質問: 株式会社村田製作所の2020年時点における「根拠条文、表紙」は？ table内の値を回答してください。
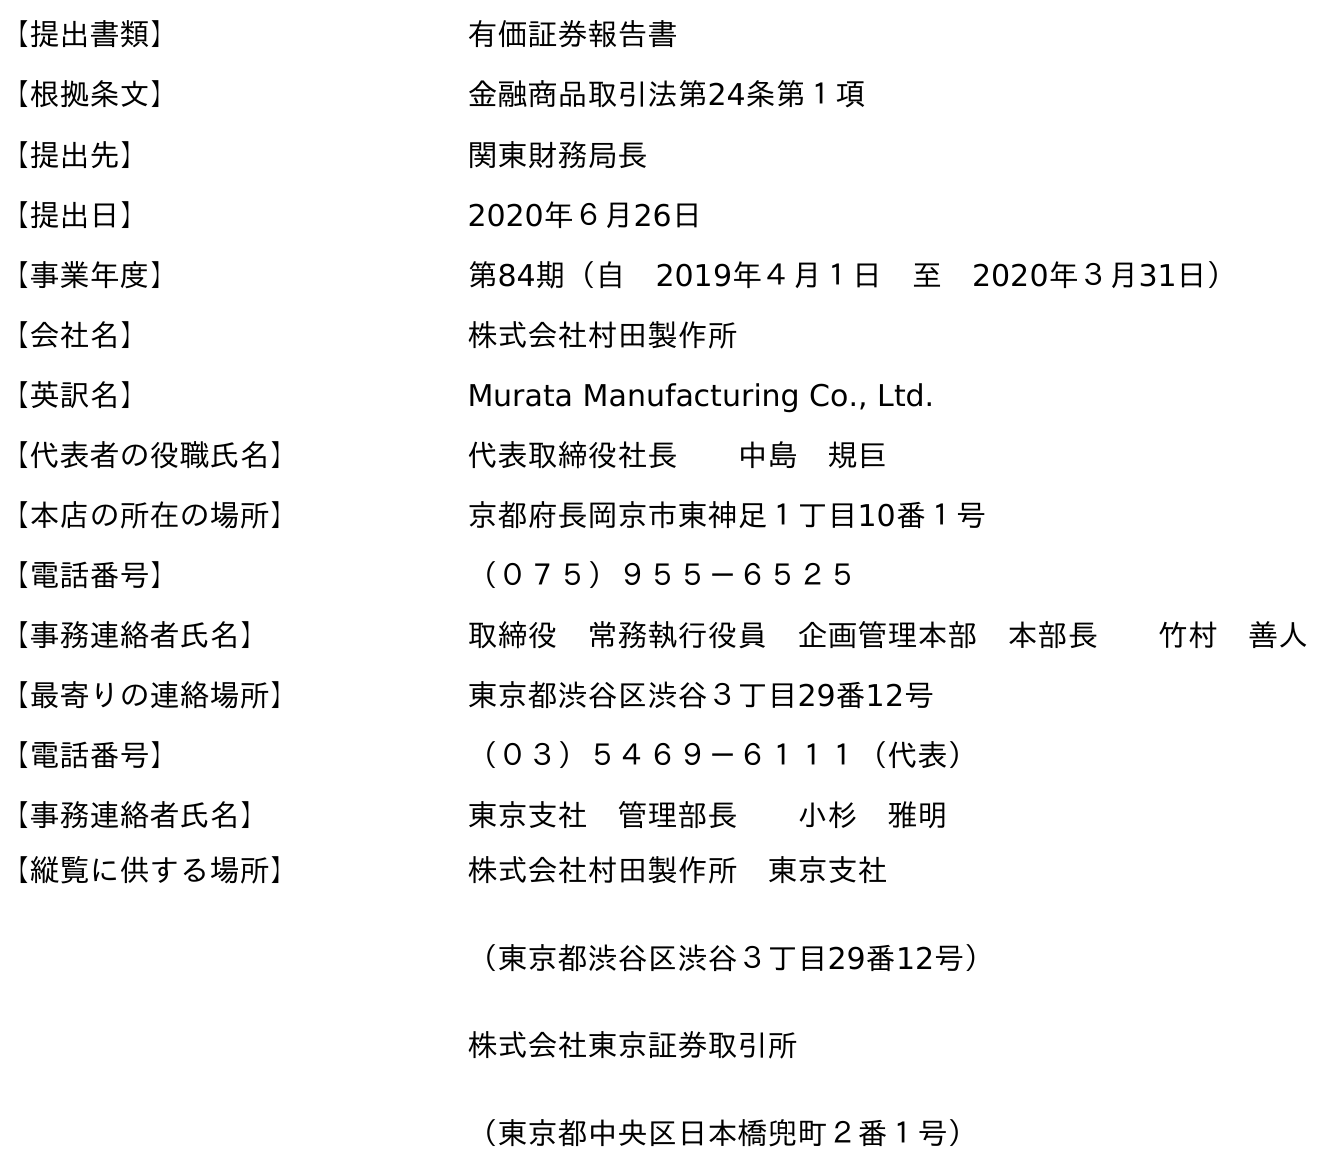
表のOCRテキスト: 【提出書類】 有価証券報告書 【根拠条文】 金融商品取引法第24条第１項 【提出先】 関東財務局長 【提出日】 2020年６月26日 【事業年度】 第84期（自 2019年４月１日 至 2020年３月31日） 【会社名】 株式会社村田製作所 【英訳名】 Murata Manufacturing Co., Ltd. 【代表者の役職氏名】 代表取締役社長  中島 規巨 【本店の所在の場所】 京都府長岡京市東神足１丁目10番１号 【電話番号】 （０７５）９５５－６５２５ 【事務連絡者氏名】 取締役 常務執行役員 企画管理本部 本部長  竹村 善人 【最寄りの連絡場所】 東京都渋谷区渋谷３丁目29番12号 【電話番号】 （０３）５４６９－６１１１（代表） 【事務連絡者氏名】 東京支社 管理部長  小杉 雅明 【縦覧に供する場所】 株式会社村田製作所 東京支社 （東京都渋谷区渋谷３丁目29番12号） 株式会社東京証券取引所 （東京都中央区日本橋兜町２番１号）
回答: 金融商品取引法第24条第１項